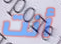
أنت